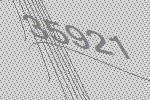
35921